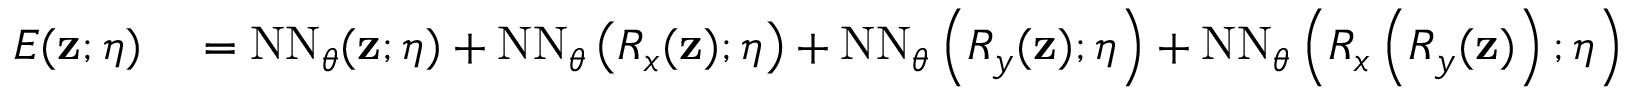
\begin{array} { r l } { E ( \mathbf { z } ; \boldsymbol { \eta } ) } & { { } = \mathrm { N N } _ { \boldsymbol { \theta } } ( \mathbf { z } ; \boldsymbol { \eta } ) + \mathrm { N N } _ { \boldsymbol { \theta } } \left( R _ { x } ( \mathbf { z } ) ; \boldsymbol { \eta } \right) + \mathrm { N N } _ { \boldsymbol { \theta } } \left( R _ { y } ( \mathbf { z } ) ; \boldsymbol { \eta } \right) + \mathrm { N N } _ { \boldsymbol { \theta } } \left( R _ { x } \left( R _ { y } ( \mathbf { z } ) \right) ; \boldsymbol { \eta } \right) } \end{array}